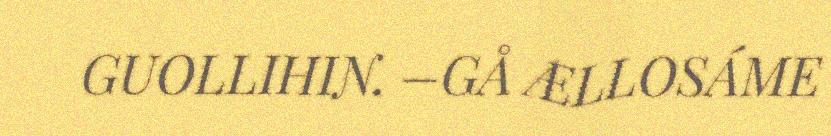
GUOLLIHIN. –GÅ ÆLLOSÁME